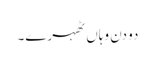
دو دن وہاں ٹھہرے۔